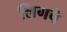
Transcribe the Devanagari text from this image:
लिगचे